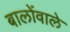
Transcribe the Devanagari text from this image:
बालोंवाले